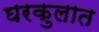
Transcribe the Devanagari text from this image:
घरकुलात